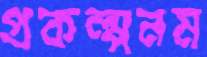
প্রকল্পনম